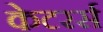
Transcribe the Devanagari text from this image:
केटरर्स